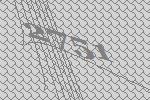
2751